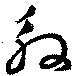
殷